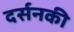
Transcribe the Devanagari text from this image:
दर्सनकी